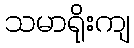
သမာရိုးကျ